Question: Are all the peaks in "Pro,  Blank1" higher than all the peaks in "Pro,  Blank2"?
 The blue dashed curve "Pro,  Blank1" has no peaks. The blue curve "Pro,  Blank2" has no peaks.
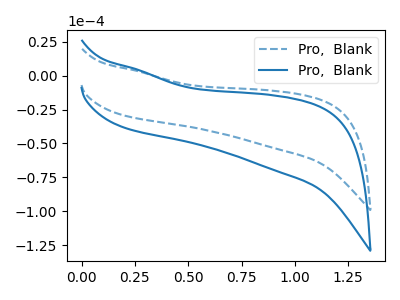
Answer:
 <answer>Niether CV has any peaks.</answer>
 <eval>blanks</eval>